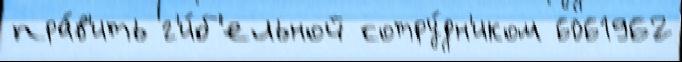
пра́в'ить г'и́б'ельной сотру́дн'иком 6061962